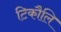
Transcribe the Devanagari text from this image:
टिकौलि